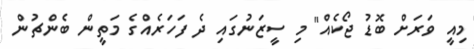
މިއީ ވަރަށް ބޮޑު ޖޯކެއް" މި ސީޒަނުގައި ދެ ފަހަރެއްގެ މަތީން ބެންޗުން